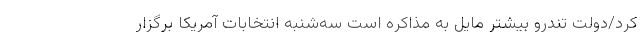
کرد/دولت تندرو بیشتر مایل به مذاکره است سه‌شنبه انتخابات آمریکا برگزار